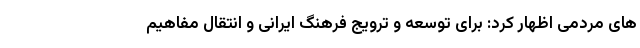
های مردمی اظهار کرد: برای توسعه و ترویج فرهنگ ایرانی و انتقال مفاهیم